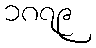
၁၈၇၉